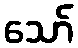
သော်